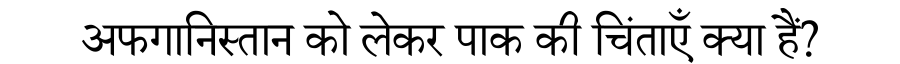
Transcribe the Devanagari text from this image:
अफगानिस्तान को लेकर पाक की चिंताएँ क्या हैं?